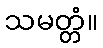
သမတ္တံ။